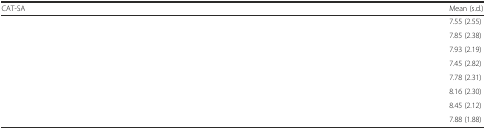
<table><thead><tr><td><b>CAT-SA</b></td><td><b>Mean (s.d.)</b></td></tr></thead><tbody><tr><td>[EMPTY_CELL]</td><td>7.55 (2.55)</td></tr><tr><td>[EMPTY_CELL]</td><td>7.85 (2.38)</td></tr><tr><td>[EMPTY_CELL]</td><td>7.93 (2.19)</td></tr><tr><td>[EMPTY_CELL]</td><td>7.45 (2.82)</td></tr><tr><td>[EMPTY_CELL]</td><td>7.78 (2.31)</td></tr><tr><td>[EMPTY_CELL]</td><td>8.16 (2.30)</td></tr><tr><td>[EMPTY_CELL]</td><td>8.45 (2.12)</td></tr><tr><td>[EMPTY_CELL]</td><td>7.88 (1.88)</td></tr></tbody></table>